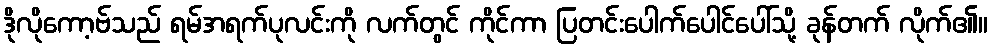
ဒိုလိုကော့ဗ်သည် ရမ်အရက်ပုလင်းကို လက်တွင် ကိုင်ကာ ပြတင်းပေါက်ပေါင်ပေါ်သို့ ခုန်တက် လိုက်၏။